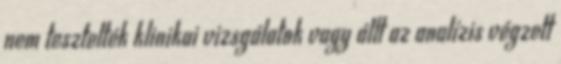
nem tesztelték klinikai vizsgálatok vagy állt az analízis végzett